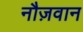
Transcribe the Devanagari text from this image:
नौज़वान